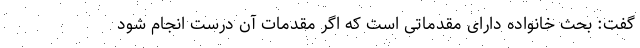
گفت: بحث خانواده دارای مقدماتی است که اگر مقدمات آن درست انجام شود